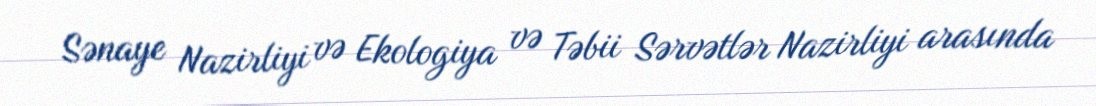
Sənaye Nazirliyi və Ekologiya və Təbii Sərvətlər Nazirliyi arasında